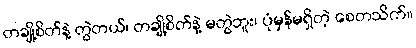
တချို့စိတ်နဲ့ တွဲတယ်၊ တချို့စိတ်နဲ့ မတွဲဘူး၊ ပုံမှန်မရှိတဲ့ စေတသိက်။